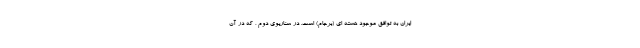
ایران به توافق موجود هسته ای (برجام) است. در سناریوی دوم ، که در آن